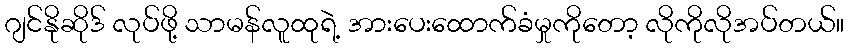
ဂျင်နိုဆိုဒ် လုပ်ဖို့ သာမန်လူထုရဲ့ အားပေးထောက်ခံမှုကိုတော့ လိုကိုလိုအပ်တယ်။